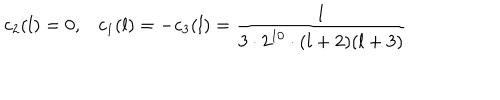
LaTeX: c _ { 2 } ( l ) = 0 , c _ { 1 } ( l ) = - c _ { 3 } ( l ) = { \frac { 1 } { 3 \cdot 2 ^ { 1 0 } \cdot ( l + 2 ) ( l + 3 ) } }